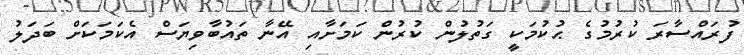
ފުރައްސާރަ ކުރުމުގެ ޙުކުމަކީ ގަތުލުން ކުރުން ކަމަށާއި އޭނާ ތައުބާވިޔަސް އެކަމަކަށް ބަދަލު